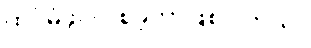
ထပ်မံဖွင့်လှစ်ခဲ့တာဖြစ်ပါတယ်။